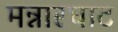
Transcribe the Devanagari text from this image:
मन्नारघाट